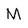
Character: M